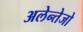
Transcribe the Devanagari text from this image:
अलेन्तेजो